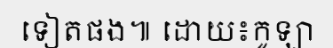
ទៀតផង៕ ដោយ៖កូឡា